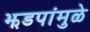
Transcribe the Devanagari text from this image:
झडपांमुळे